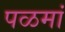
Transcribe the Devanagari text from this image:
पळमां